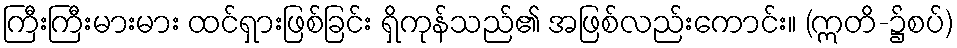
ကြီးကြီးမားမား ထင်ရှားဖြစ်ခြင်း ရှိကုန်သည်၏ အဖြစ်လည်းကောင်း။ (ဣတိ-၌စပ်)